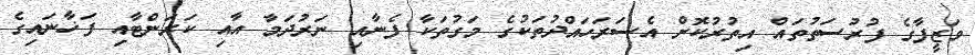
ވަޒީފާގެ ފުރުސަތުތައް އިތުރުކޮށް އެސަރަހައްދުތަކުގެ މަގުތަކާ ފެނާއި ނަރުދަމާ އާއި ކަރަންޓާއި ފަޚާނައިގެ